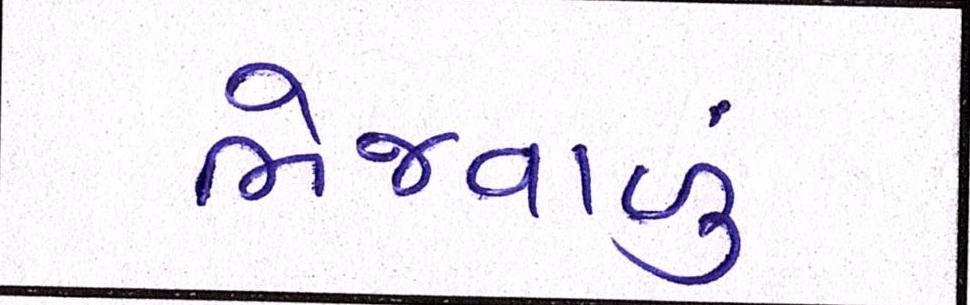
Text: ભેજવાળું